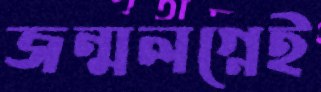
জন্মলগ্নেই